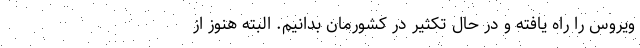
ویروس را راه یافته و در حال تکثیر در کشورمان بدانیم. البته هنوز از